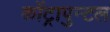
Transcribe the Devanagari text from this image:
कोंट्रापुन्टल